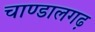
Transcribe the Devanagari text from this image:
चाण्डालगढ़